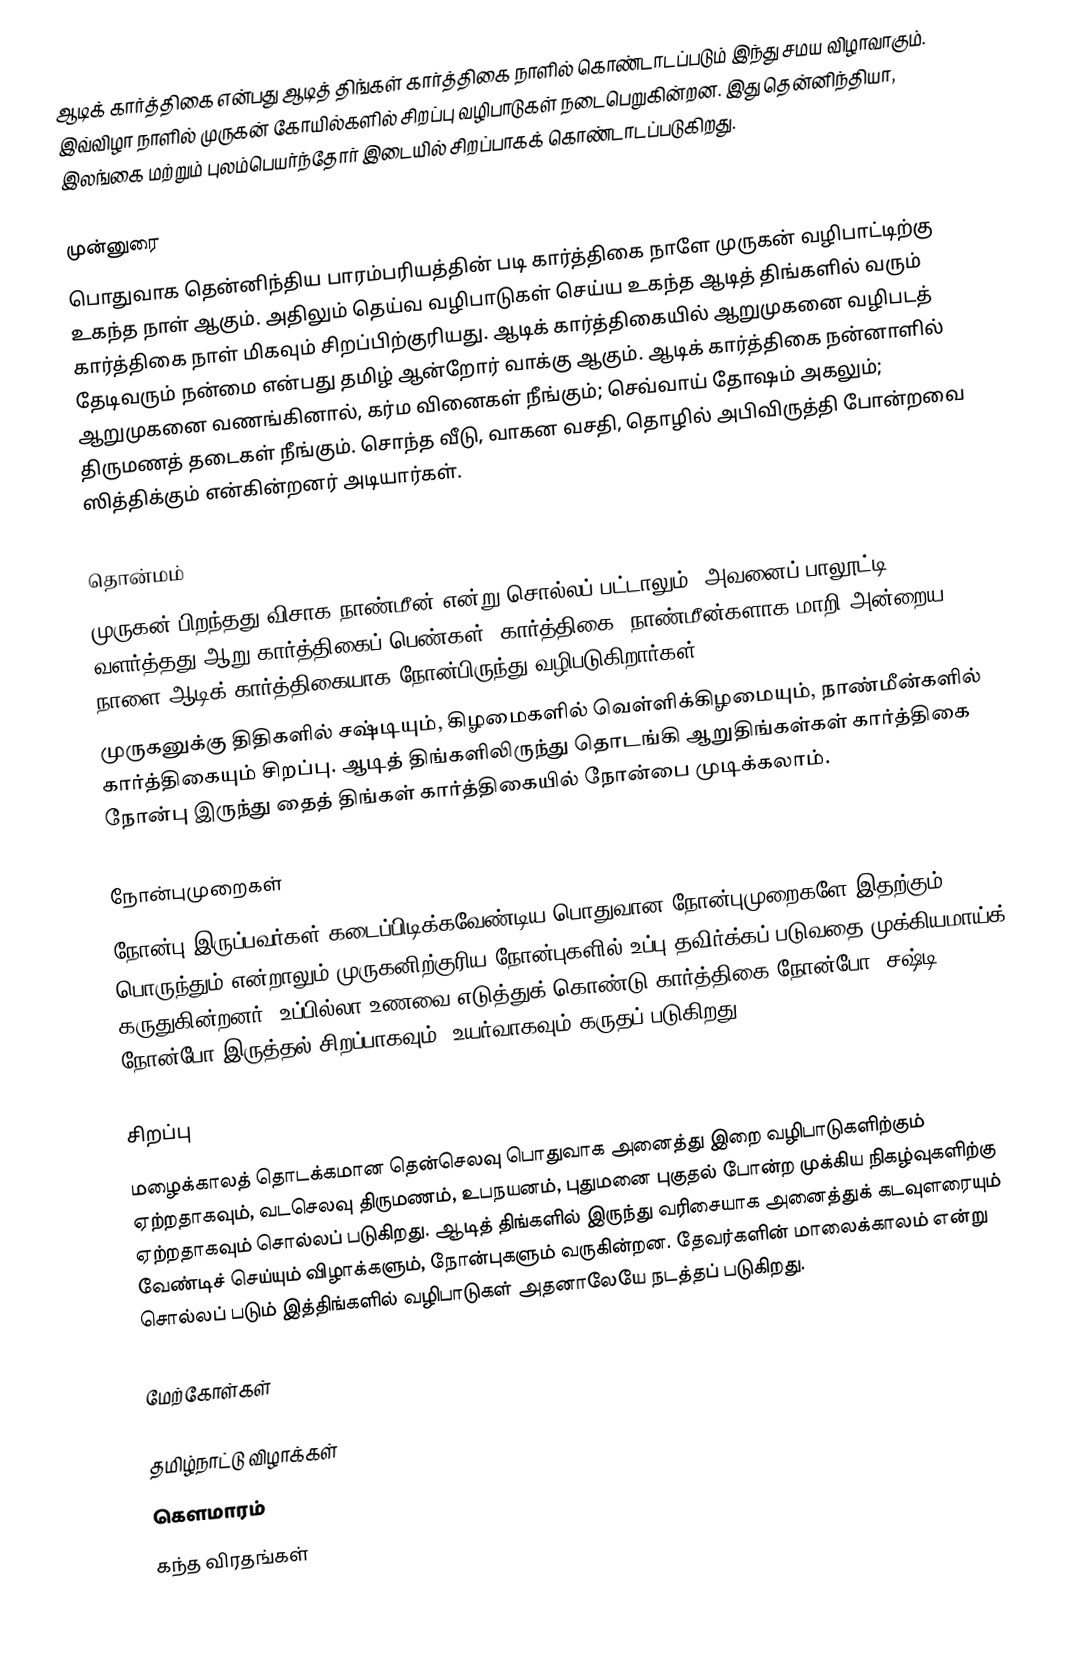
ஆடிக் கார்த்திகை என்பது ஆடித் திங்கள் கார்த்திகை நாளில் கொண்டாடப்படும் இந்து சமய விழாவாகும். இவ்விழா நாளில் முருகன் கோயில்களில் சிறப்பு வழிபாடுகள் நடைபெறுகின்றன. இது தென்னிந்தியா, இலங்கை மற்றும் புலம்பெயர்ந்தோர் இடையில் சிறப்பாகக் கொண்டாடப்படுகிறது.

முன்னுரை
பொதுவாக தென்னிந்திய பாரம்பரியத்தின் படி கார்த்திகை நாளே முருகன் வழிபாட்டிற்கு உகந்த நாள் ஆகும். அதிலும் தெய்வ வழிபாடுகள் செய்ய உகந்த ஆடித் திங்களில் வரும் கார்த்திகை நாள் மிகவும் சிறப்பிற்குரியது. ஆடிக் கார்த்திகையில் ஆறுமுகனை வழிபடத் தேடிவரும் நன்மை என்பது தமிழ் ஆன்றோர் வாக்கு ஆகும். ஆடிக் கார்த்திகை நன்னாளில் ஆறுமுகனை வணங்கினால், கர்ம வினைகள் நீங்கும்; செவ்வாய் தோஷம் அகலும்; திருமணத் தடைகள் நீங்கும். சொந்த வீடு, வாகன வசதி, தொழில் அபிவிருத்தி போன்றவை ஸித்திக்கும் என்கின்றனர் அடியார்கள்.

தொன்மம்
முருகன் பிறந்தது விசாக நாண்மீன் என்று சொல்லப் பட்டாலும், அவனைப் பாலூட்டி வளர்த்தது ஆறு கார்த்திகைப் பெண்கள் “கார்த்திகை” நாண்மீன்களாக மாறி அன்றைய நாளை ஆடிக் கார்த்திகையாக நோன்பிருந்து வழிபடுகிறார்கள்.
முருகனுக்கு திதிகளில் சஷ்டியும், கிழமைகளில் வெள்ளிக்கிழமையும், நாண்மீன்களில் கார்த்திகையும் சிறப்பு. ஆடித் திங்களிலிருந்து தொடங்கி ஆறுதிங்கள்கள் கார்த்திகை நோன்பு இருந்து தைத் திங்கள் கார்த்திகையில் நோன்பை முடிக்கலாம்.

நோன்புமுறைகள்
நோன்பு இருப்பவர்கள் கடைப்பிடிக்கவேண்டிய பொதுவான நோன்புமுறைகளே இதற்கும் பொருந்தும் என்றாலும் முருகனிற்குரிய நோன்புகளில் உப்பு தவிர்க்கப் படுவதை முக்கியமாய்க் கருதுகின்றனர். உப்பில்லா உணவை எடுத்துக் கொண்டு கார்த்திகை நோன்போ, சஷ்டி நோன்போ இருத்தல் சிறப்பாகவும், உயர்வாகவும் கருதப் படுகிறது.

சிறப்பு
மழைக்காலத் தொடக்கமான தென்செலவு பொதுவாக அனைத்து இறை வழிபாடுகளிற்கும் ஏற்றதாகவும், வடசெலவு திருமணம், உபநயனம், புதுமனை புகுதல் போன்ற முக்கிய நிகழ்வுகளிற்கு ஏற்றதாகவும் சொல்லப் படுகிறது. ஆடித் திங்களில் இருந்து வரிசையாக அனைத்துக் கடவுளரையும் வேண்டிச் செய்யும் விழாக்களும், நோன்புகளும் வருகின்றன. தேவர்களின் மாலைக்காலம் என்று சொல்லப் படும் இத்திங்களில் வழிபாடுகள் அதனாலேயே நடத்தப் படுகிறது.

மேற்கோள்கள்

தமிழ்நாட்டு விழாக்கள்
கௌமாரம்
கந்த விரதங்கள்